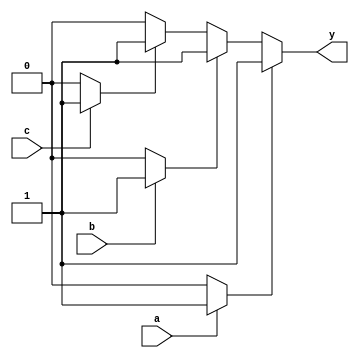
module multiple_drivers (
    input wire a,        // Input for Driver 1
    input wire b,        // Input for Driver 2
    input wire c,        // Input for Driver 3
    output wire y        // Output signal driven by multiple sources
);

// Internal signals for driver outputs
wire driver1_out;
wire driver2_out;
wire driver3_out;

// Driver 1: Drives 'y' based on input 'a'
assign driver1_out = a ? 1'b1 : 1'b0; // Driver 1 has higher priority

// Driver 2: Drives 'y' based on input 'b'
assign driver2_out = b ? 1'b1 : 1'b0; // Driver 2 has lower priority than Driver 1

// Driver 3: Drives 'y' based on input 'c'
assign driver3_out = c ? 1'b1 : 1'b0; // Driver 3 has the lowest priority

// Continuous assignment with priority resolution
assign y = (driver1_out) ? 1'b1 : 
           (driver2_out) ? 1'b1 : 
           (driver3_out) ? 1'b1 : 
           1'b0; // Default value when no driver is active

endmodule